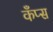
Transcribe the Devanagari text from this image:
कँप्स